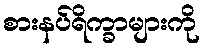
စားနပ်ရိက္ခာများကို